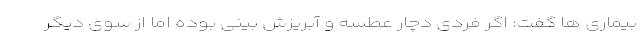
بیماری ها گفت: اگر فردی دچار عطسه و آبریزش بینی بوده اما از سوی دیگر